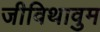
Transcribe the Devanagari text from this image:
जीविथावुम